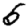
Digit: 5